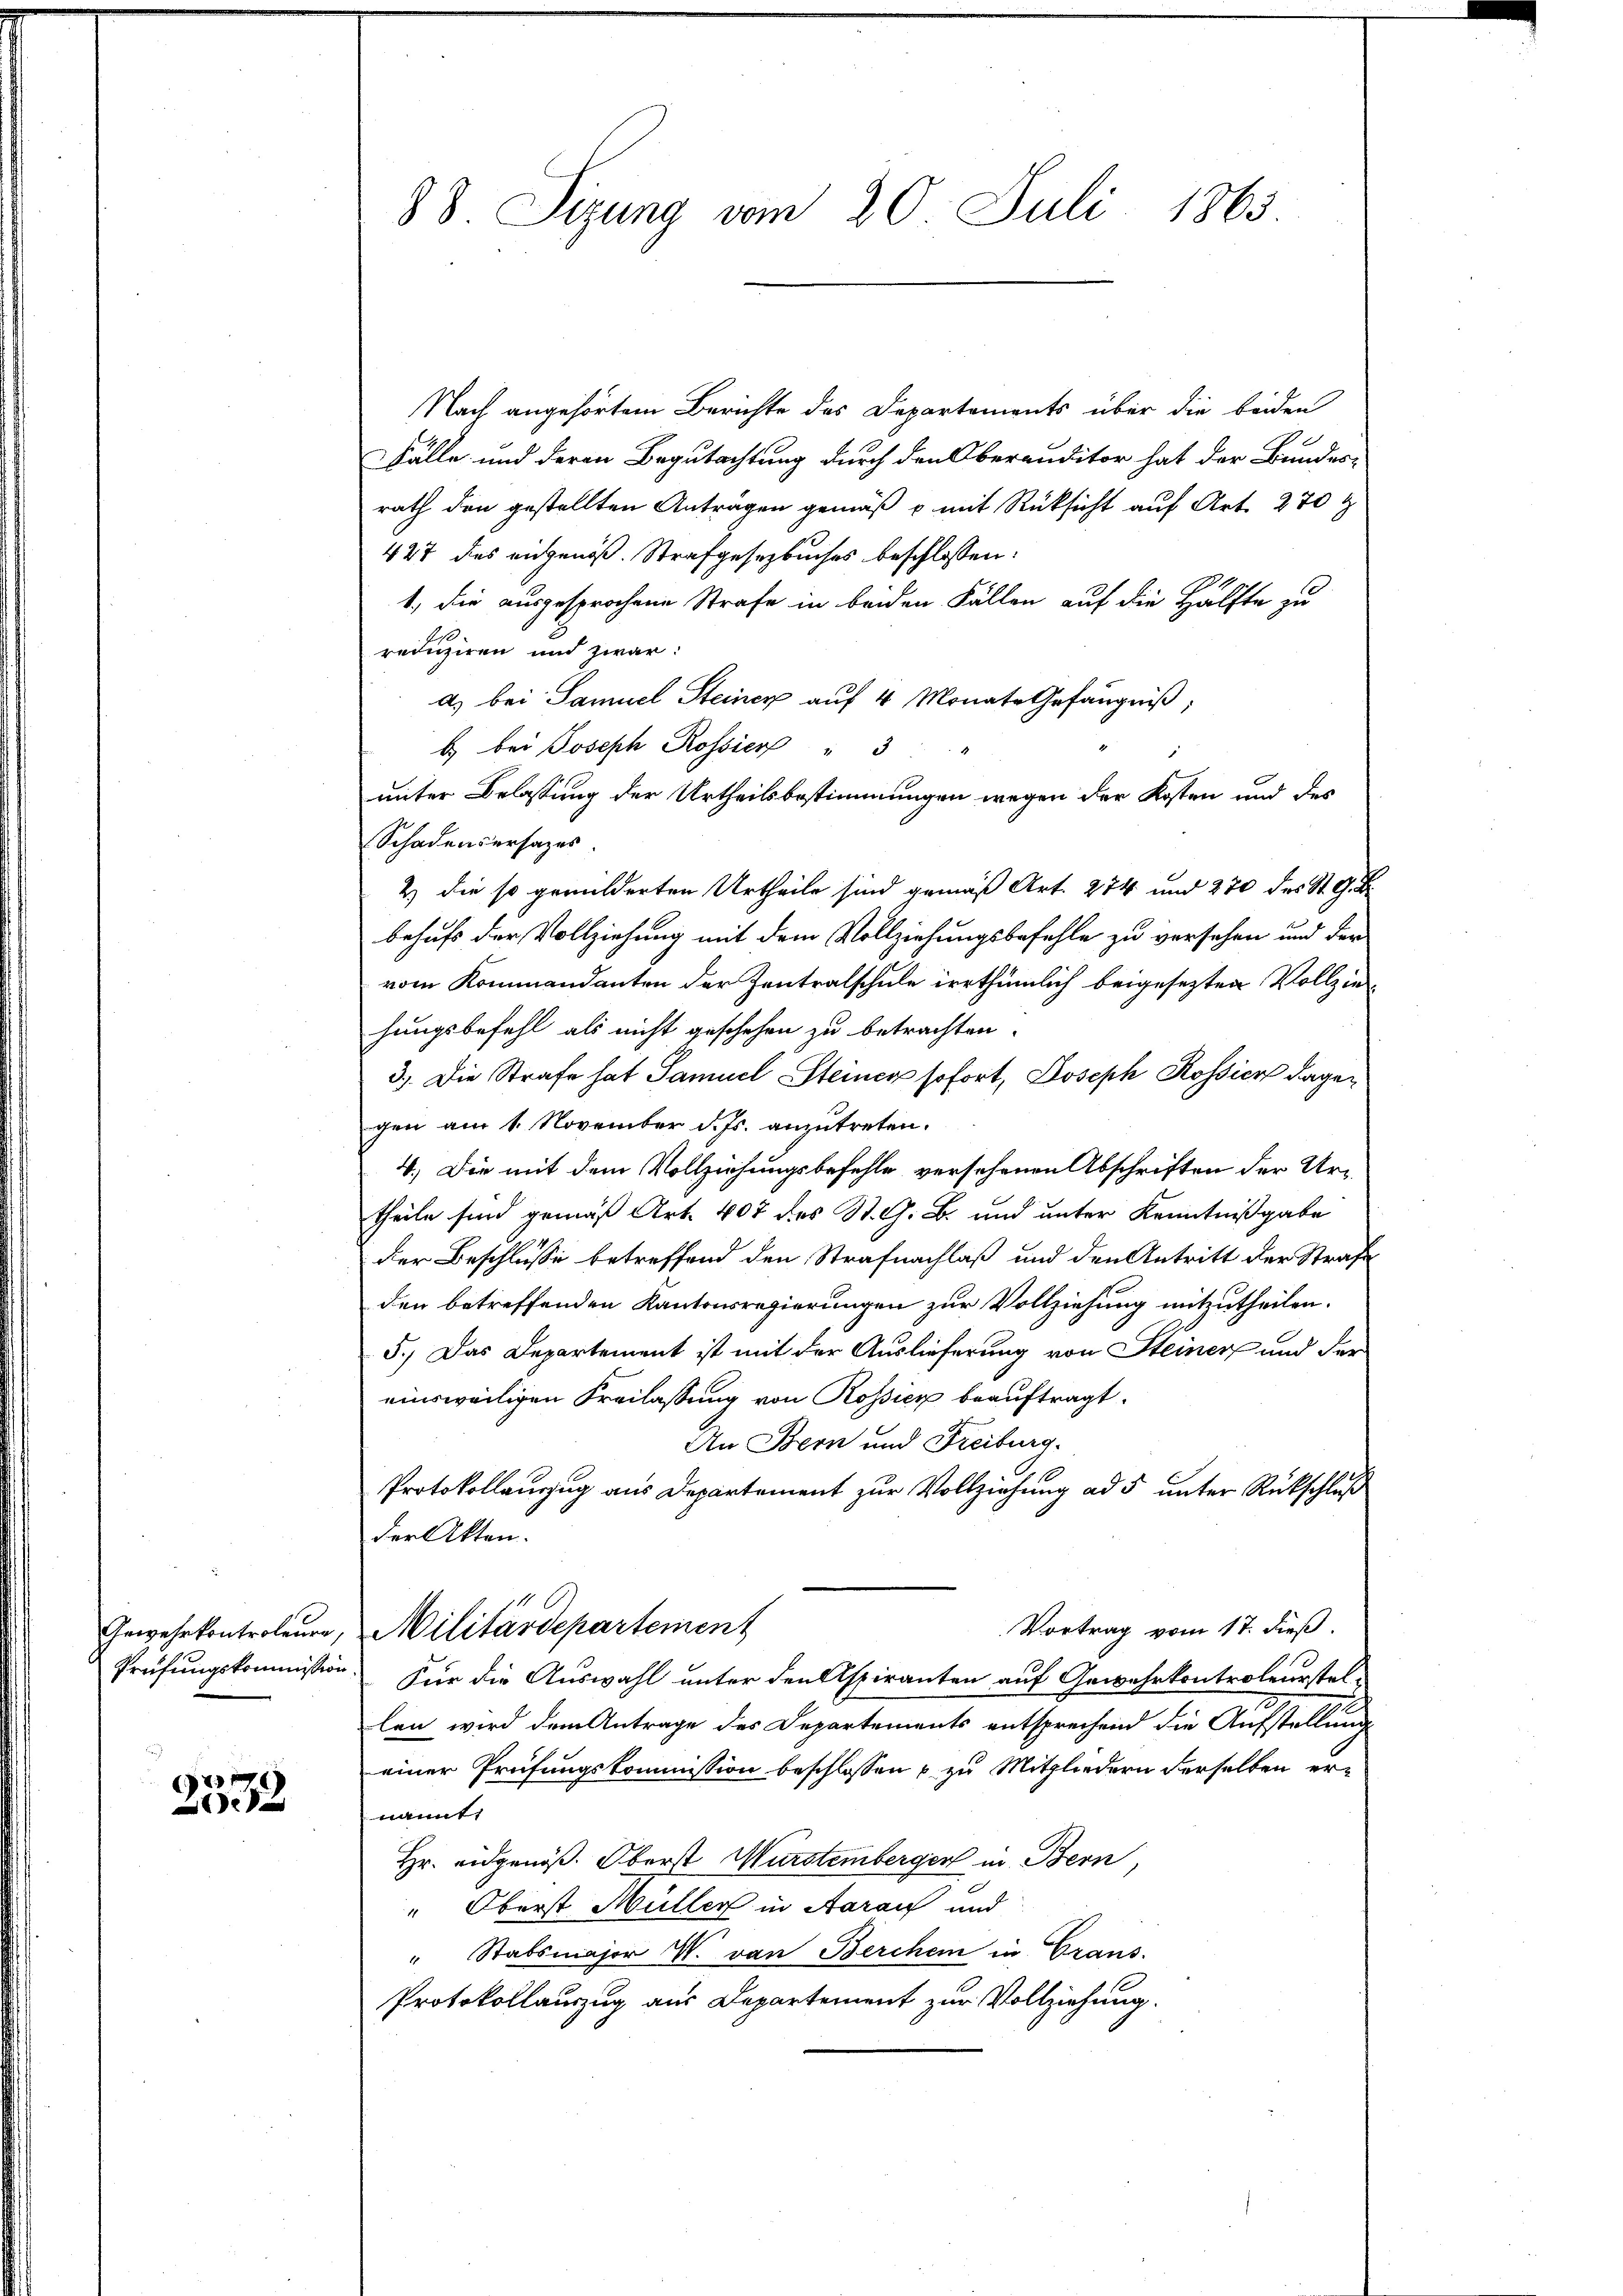
2572

88. Sizung vom 20. Juli 1863.

Nach angehörtem Berichte des Departements über die beiden
Fälle und deren Begutachtung durch den Oberauditor hat der Bundes-
rath den gestellten Anträgen gemäß p mit Rücksicht auf Art. 270 f
427 des eingenoß. Strafgesetzbuches beschlossen:
1., die ausgesprochene Strafe in beiden Fällen auf die Hälfte zu
reduziren und zwar:
a) bei Samuel Steiner auf 4 Monate Gefängniß;
b) bei Joseph Rossier " 3
unter Belassung der Urtheilsbestimmungen wegen der Kosten und des
Schadensersages.
2) die so gemilderten Urtheile sind gemäß Art. 274 und 270 des St. G. B.
behufs der Vollziehung mit dem Vollziehungsbefehle zu versehen und der
vom Kommandanten der Zentralschule irrthümlich beigesezten Vollziehungsbefehl als nicht geschehen zu betrachten.
3.) Die Strafe hat Samuel Steiner sofort, Joseph Rossier dagegen am 1. November d. Js. anzutreten.
4.) Die mit dem Vollziehungsbefehle versehenen Abschriften der Ur-
theile sind gemäß Art. 407 des St. G. B. und unter Kenntnißgabe
der Beschlüsse betreffend den Strafnachlaß und den Antritt der Strafe
den betreffenden Kantonsregierungen zur Vollziehung mitzutheilen.
5.) Das Departement ist mit der Auslieferung von Steiner und der
einsweiligen Freilassung von Rossier beauftragt.
An Bern und Freiburg.
Protokollauzug aus Departement zur Vollziehung ad 5 unter Rückschluß
der Akten.
Vortrag vom 17. dieß.
Gewehrkontroleur, Militärdepartement
Prüfungskommission. Für die Auswahl unter den Aspiranten auf Gewehrkontroleurstellen wird dem Antrage des Departements entsprechend die Aufstellung
einer Prüfungskommission beschlossen & zu Mitgliedern derselben ernannt.
Hr. eidgenöß. Oberst Wurstemberger in Bern,
" Oberst Müller in Aarauf und
" Stabsmajor V. von Berchen in Graus.
Protokollauszug aus Departement zur Vollziehung.